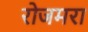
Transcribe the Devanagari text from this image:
रोजमरा